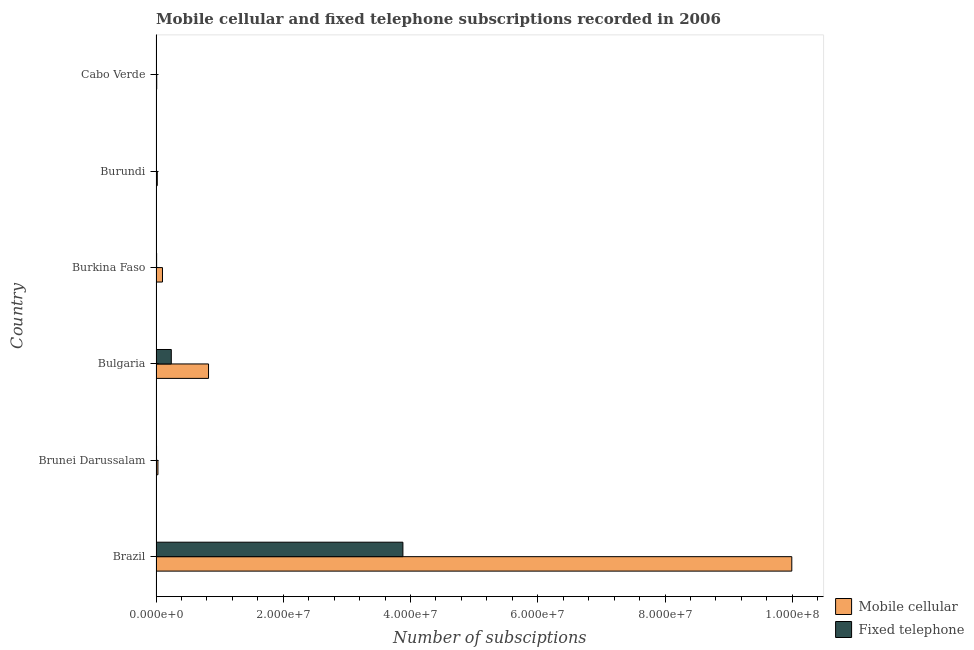
| Country | Mobile cellular | Fixed telephone |
 | --- | --- | --- |
 | Brazil | 9.99e+07 | 3.88e+07 |
 | Brunei Darussalam | 3.01e+05 | 8.02e+04 |
 | Bulgaria | 8.25e+06 | 2.4e+06 |
 | Burkina Faso | 1.02e+06 | 9.48e+04 |
 | Burundi | 2e+05 | 2.79e+04 |
 | Cabo Verde | 1.09e+05 | 7.16e+04 |